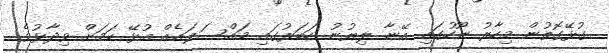
ގުޅޭގޮތުން މިހާރު ނޫހުގައި އޭނާ ލިޔުނު ހަބަރުގައި މައްސަލައެއް އުޅޭ ކަމަށް ވިދާޅުވެ